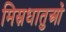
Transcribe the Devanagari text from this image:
मिस्रधातुओं